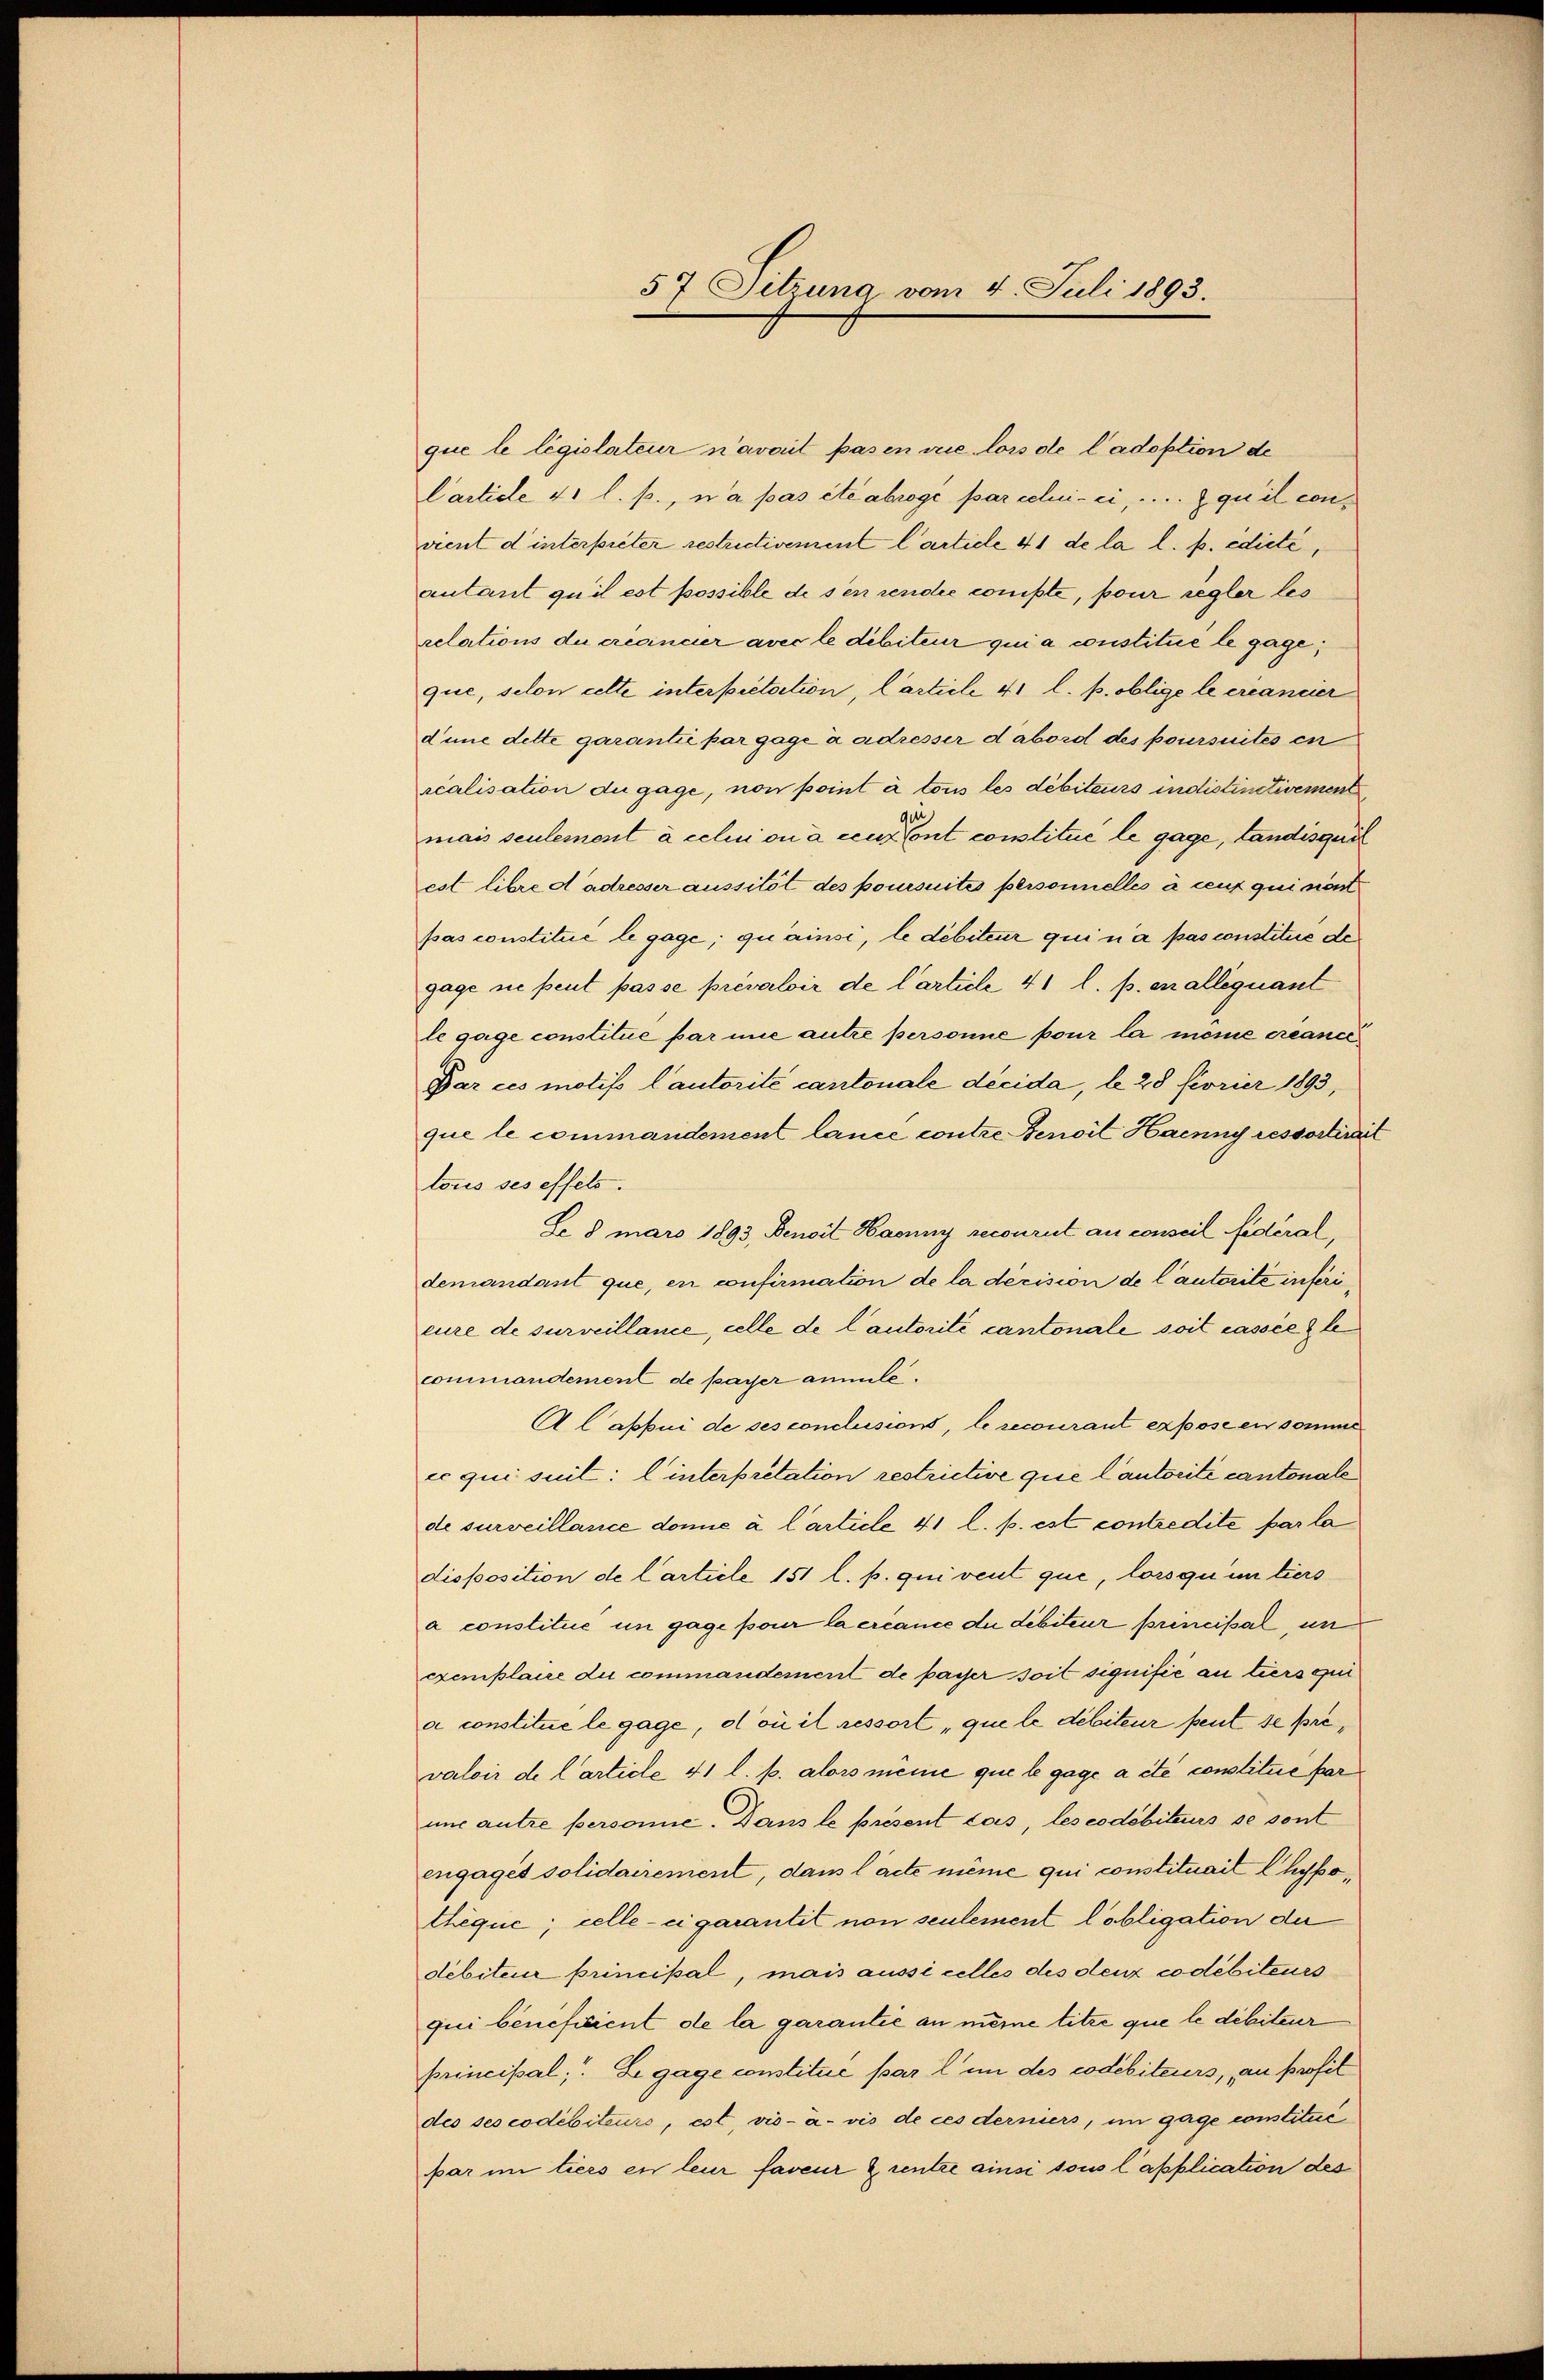
57, Sitzung vom 4. Juli 1893.

que le législateur n’avait pasen die lors de l’adoption de
Carticle 41 l. p., n’a pas été abroge par celui-ci, ... qu’il convient d’interpreter restrictivement l’article 41 de la l. p. edicte,
autant qu’il est possible de sen rendie conste, pour regler les
relations du créancier avec le débiteur qui a constitué le gage;
que, selon cette interpretation, Carticle 41 l. p. oblige le créancier
dine dette garantie par gage à adresser d’abord des poursuites en
realisation du gage, non point à tous les débiteurs indistinctivement
mais seulement à celui ou à ceux ont constitué le gage, tandisquit
est libre dadresser aussitôt des poursuites personnelles à ceux qui sient
pas constitue le gage, quainsi, le débiteur qui n’a pas constitue de
gage sie peut passe prévaloir de l’article 41 l. p. en allequant
le gage constitue par nie autre personne pour la meine créance,
Par ces motis l’autorité cantonale décida, d. 28 feorier 1893,
que le commandement lance contre Benoil Haenny ressortireit
tous ses effets.
De 8 mars 1893, Denoit Haenny recourut au conseil fidéral,
demandant que, en confirmation de la décision de lautorité inferieure de surveillance, celle de l’autorité cantonale soit cassie gle
commandement de payer anmile.
Alappui de ses conclusions, le recourant expose en somme
es qui suit: linterpretation restrictive que l’autorité cantonale
de surveillance donie à l’article 41 l. p. est contredite parla
disposition de Carticle 151 l. p. qui veut que, lorsqu’un tiers
a constitue in gage pour la créance du débiteur principal, un
exemplaire du commandement de passer soit signifié au tiers qui
a constitue le gage, d’où il ressort que le débiteur peut se prevaloir de Carticle 41 l. p. alors même que le gage a été constitue paruns autre personie. Dans le présent cas, les codébiteurs se sont
engagés solidairement, dans l’acte même qui constituait l’hypothèque; celle-ci garantit non seulement Pobligation der
débiteur principal, mais aussi celles des deux codébiteurs
qui beneficient de la garantie an meine titre que le débiteur
principal, Segage constitue par l in des codebiteurs, an profit
des ses codébiteurs, est, vis-à-vis de ces derniers, im gage constitué
par im tiers en leur faveur & rentze ainsi sous l’application des